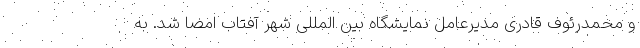
و محمدرئوف قادری مدیرعامل نمایشگاه بین المللی شهر آفتاب امضا شد. به